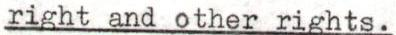
right and other rights.